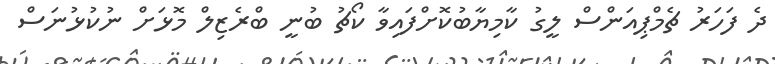
ދެ ފަހަރު ޗެމްޕިއަންސް ލީގު ކާމިޔާބުކޮށްފައިވާ ކޯޗު ބުނީ ބްރެޒިލް މޮޅަށް ނުކުޅުނަސް